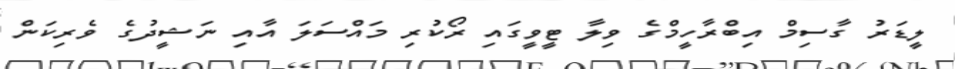
ލީޑަރު ގާސިމް އިބްރާހީމްގެ ވިލާ ޓީވީގައި ރޯކުރި މައްސަލަ އާއި ނަޝީދުގެ ވެރިކަން